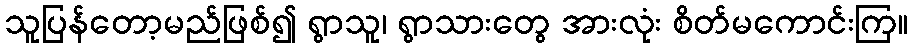
သူပြန်တော့မည်ဖြစ်၍ ရွာသူ၊ ရွာသားတွေ အားလုံး စိတ်မကောင်းကြ။